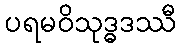
ပရမဝိသုဒ္ဓဒဿီ